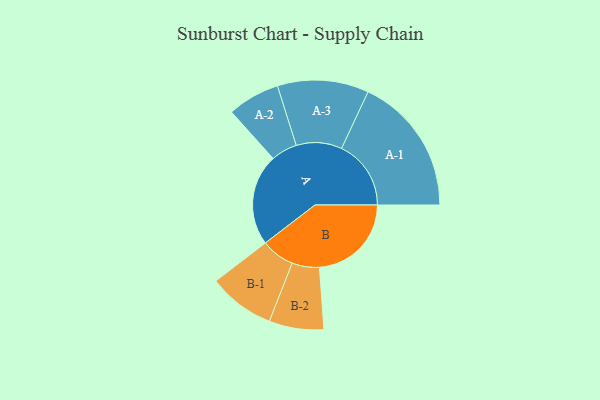
{"axis": {"x": "Segment", "y": "Value"}, "legend": ["", "A", "B"], "data": [{"x": "A", "y": 395, "type": ""}, {"x": "B", "y": 397, "type": ""}, {"x": "A-1", "y": 300, "type": "A"}, {"x": "A-2", "y": 113, "type": "A"}, {"x": "A-3", "y": 197, "type": "A"}, {"x": "B-1", "y": 144, "type": "B"}, {"x": "B-2", "y": 118, "type": "B"}]}